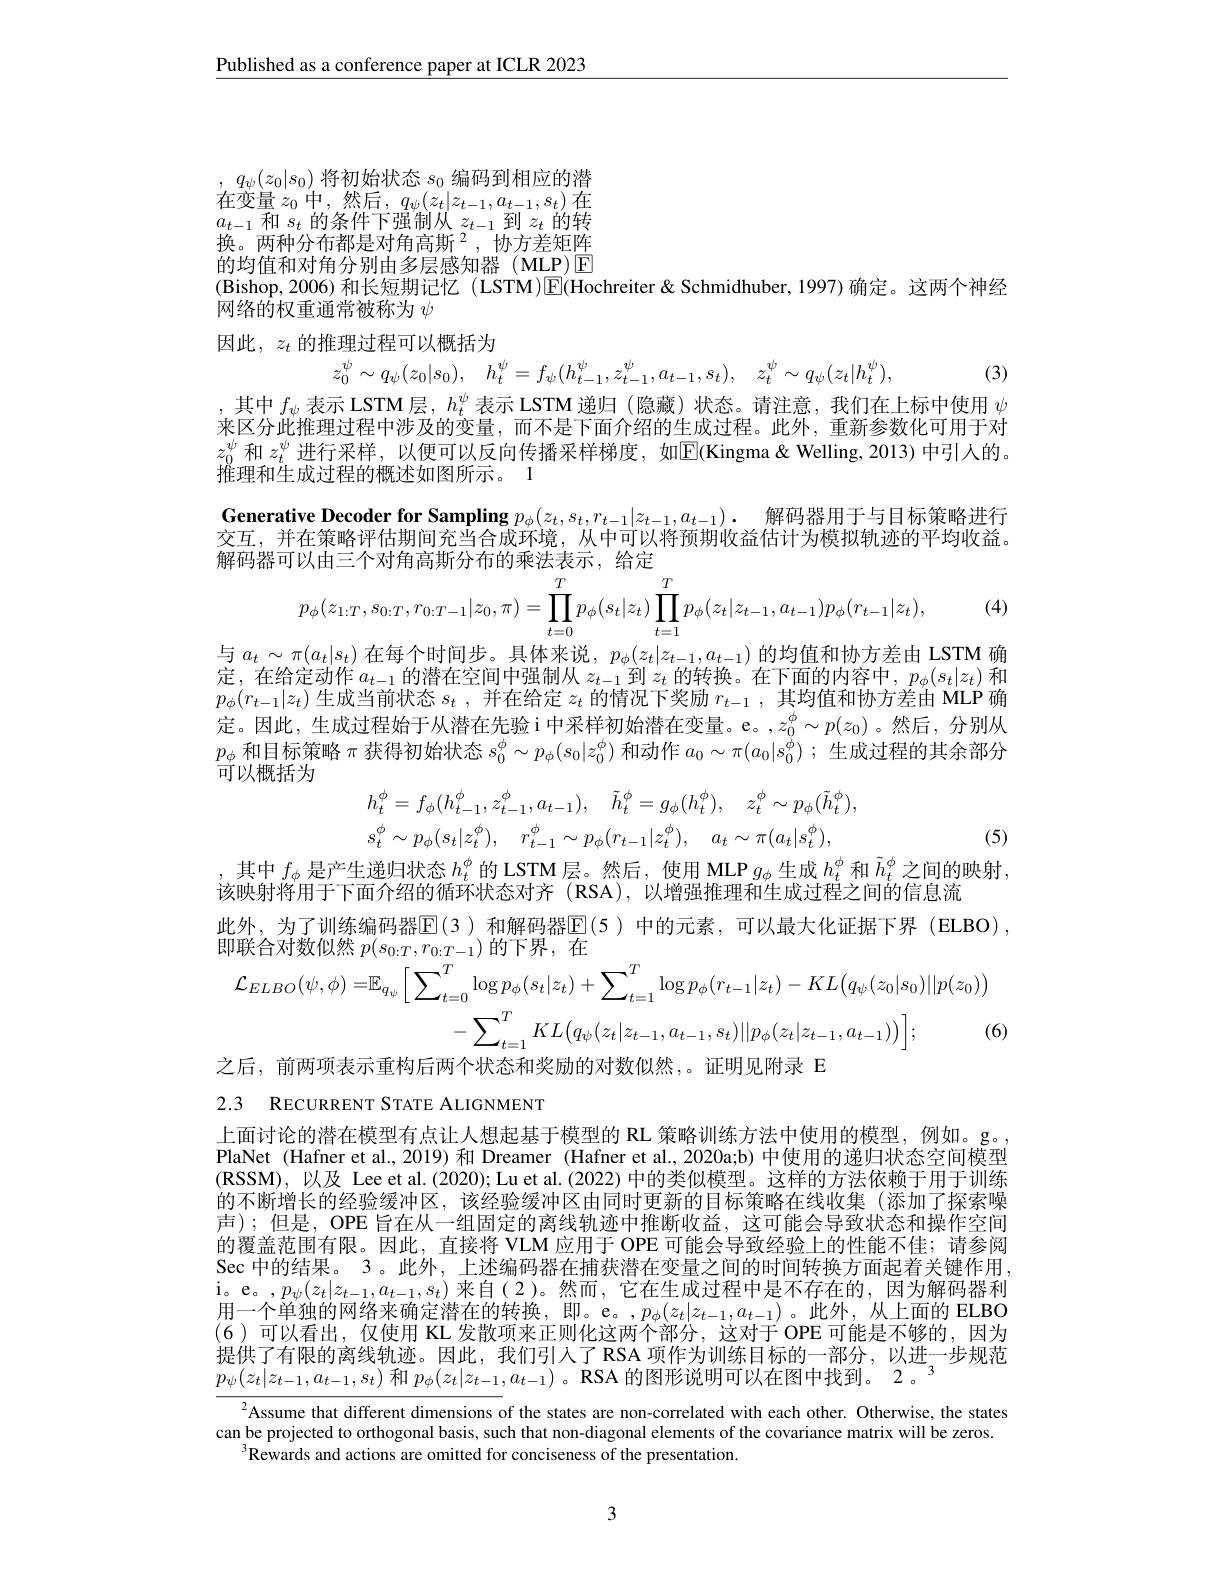
Published as a conference paper at ICLR 2023

, $q_{\psi }( z_{0}| s_{0})$将初始状态$s_{0}$编码到相应的潜$\begin{array}{l}\text{在变量 }z_{0}\text{ 中，然后，}q_{\psi}(z_{t}|z_{t-1},a_{t-1},s_{t})\text{ 在}\\a_{t-1}\text{ 和 }s_{t}\text{ 的条件下强制从 }z_{t-1}\text{ 到 }z_{t}\text{ 的转}\\\text{物 }z_{\text{ 面积 }}(\text{入女都目对各方断 }\gamma_{\text{ 由立产位}})\end{array}$ 换。两种分布都是对角高斯$^2$,协方差矩阵的均值和对角分别由多层感知器(MLP)$\boxed{\mathrm{E}}$ (Bishop,2006)和长短期记忆(LSTM)$\boxed{\mathrm{E}}($Hochreiter&Schmidhuber,1997) 确定。这两个神经
网络的权重通常被称为$\psi$

因此$,z_t$ 的推理过程可以概括为
$$z_{0}^{\psi}\sim q_{\psi}(z_{0}|s_{0}),\quad h_{t}^{\psi}=f_{\psi}(h_{t-1}^{\psi},z_{t-1}^{\psi},a_{t-1},s_{t}),\quad z_{t}^{\psi}\sim q_{\psi}(z_{t}|h_{t}^{\psi}),$$
(3)

,其中$f_\psi$表示 LSTM 层，$h_t^\psi$表示 LSTM 递归 (隐藏)状态。请注意，我们在上标中使用$\psi$ 来区分此推理过程中涉及的变量，而不是下面介绍的生成过程。此外，重新参数化可用于对$z_0^\psi$和$z_t^\psi$进行采样，以便可以反向传播采样梯度，如$\mathbb{E}$(Kingma&Welling,2013)中引人的。推理和生成过程的概述如图所示。1
Generative Decoder for Sampling $p_\phi ( z_t, s_t, r_{t- 1}| z_{t- 1}, a_{t- 1}) .$ 解码器用于与目标策略进行交互，并在策略评估期间充当合成环境，从中可以将预期收益估计为模拟轨迹的平均收益。解码器可以由三个对角高斯分布的乘法表示，给定
$$p_\phi(z_{1:T},s_{0:T},r_{0:T-1}|z_0,\pi)=\prod_{t=0}^Tp_\phi(s_t|z_t)\prod_{t=1}^Tp_\phi(z_t|z_{t-1},a_{t-1})p_\phi(r_{t-1}|z_t),$$
与$a_t\sim\pi(a_t|s_t)$在每个时间步。具体来说，$p_\phi(z_t|z_{t-1},a_{t-1})$的均值和协方差由 LSTM 确

(4)

定，在给定动作$a_t-1$的潜在空间中强制从$z_t-1$到$z_t$的转换。在下面的内容中，$p_\phi(s_t|z_t)$和$p_\phi(r_{t-1}|z_t)$生成当前状态$s_t$,并在给定$z_t$的情况下奖励$r_t-1$,其均值和协方差由 MLP 确定。因此，生成过程始于从潜在先验i中采样初始潜在变量。e。$,z_0^\phi\sim p(z_0)$ 。然后，分别从$p_\phi$和目标策略$\pi$获得初始状态$s_0^\phi\sim p_\phi(s_0|z_0^\phi)$和动作$a_0\sim\pi(a_0|s_0^\phi)$ ;生成过程的其余部分可以概括为
$$h_{t}^{\phi}=f_{\phi}(h_{t-1}^{\phi},z_{t-1}^{\phi},a_{t-1}),\quad\tilde{h}_{t}^{\phi}=g_{\phi}(h_{t}^{\phi}),\quad z_{t}^{\phi}\sim p_{\phi}(\tilde{h}_{t}^{\phi}),\\s_{t}^{\phi}\sim p_{\phi}(s_{t}|z_{t}^{\phi}),\quad r_{t-1}^{\phi}\sim p_{\phi}(r_{t-1}|z_{t}^{\phi}),\quad a_{t}\sim\pi(a_{t}|s_{t}^{\phi}),$$
(5)

,其中$f_\phi$是产生递归状态$h_t^\phi$的 LSTM 层。然后，使用 MLP $g_\phi$生成$h_t^\phi$和$\tilde{h}_t^\phi$之间的映射，
该映射将用于下面介绍的循环状态对齐 (RSA),以增强推理和生成过程之间的信息流
此外，为了训练编码器$\operatorname{E}(3)$ 和解码器$\operatorname{E}(5)$ 中的元素，可以最大化证据下界 (ELBO) ,
$$\begin{aligned}&\text{即取日对数以然 }p(s_{0:T},T_{0:T-1})\text{ 的 T, 在}\\&\mathcal{L}_{ELBO}(\psi,\phi)=\mathbb{E}_{q_{\psi}}\Big[\sum_{t=0}^{T}\log p_{\phi}(s_{t}|z_{t})+\sum_{t=1}^{T}\log p_{\phi}(r_{t-1}|z_{t})-KL\big(q_{\psi}(z_{0}|s_{0})||p(z_{0})\big)\\&-\sum_{t=1}^{T}KL\big(q_{\psi}(z_{t}|z_{t-1},a_{t-1},s_{t})||p_{\phi}(z_{t}|z_{t-1},a_{t-1})\big)\Big];&\text{(6}\end{aligned}$$
之后，前两项表示重构后两个状态和奖励的对数似然，。证明见附录 E

2.3 RECURRENT STATE ALIGNMENT

上面讨论的潜在模型有点让人想起基于模型的 RL 策略训练方法中使用的模型，例如。g。PlaNet (Hafner et al.,2019)和 Dreamer (Hafner et al.,2020a;b) 中使用的递归状态空间模型$(\mathbf{RSSM})$,以及 Lee et al.(2020); Lu et al.(2022) 中的类似模型。这样的方法依赖于用于训练的不断增长的经验缓冲区，该经验缓冲区由同时更新的目标策略在线收集(添加了探索噪声);但是，OPE 旨在从一组固定的离线轨迹中推断收益，这可能会导致状态和操作空间的覆盖范围有限。因此，直接将 VLM 应用于 OPE 可能会导致经验上的性能不佳；请参阅Sec 中的结果。3。此外，上述编码器在捕获潜在变量之间的时间转换方面起着关键作用$\begin{array}{l}\mathrm{i。e。,}p_{\psi}(z_{t}|z_{t-1},a_{t-1},s_{t})\end{array}$来自(2)。然而，它在生成过程中是不存在的，因为解码器利用一个单独的网络来确定潜在的转换，即。e。,$p_\phi(z_t|z_{t-1},a_{t-1})$。此外，从上面的 ELBO (6)可以看出，仅使用 KL发散项来正则化这两个部分，这对于 OPE 可能是不够的，因为提供了有限的离线轨迹。因此，我们引人了 RSA 项作为训练目标的一部分，以进一步规范$\underline{p_\psi(z_t|z_{t-1},a_{t-1},s_t)\text{ 和 }p_\phi(z_t|z_{t-1},a_{t-1})\text{ 。RSA 的图形说明可以在图中找到。2 。}}$

$^{2}$Assume that different dimensions of the states are non-correlated with each other. Otherwise, the states can be projected to orthogonal basis, such that non-diagonal elements of the covariance matrix will be zeros.
$^{3}$Rewards and actions are omitted for conciseness of the presentation.

3